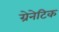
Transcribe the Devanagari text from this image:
ग्रेनेटिक